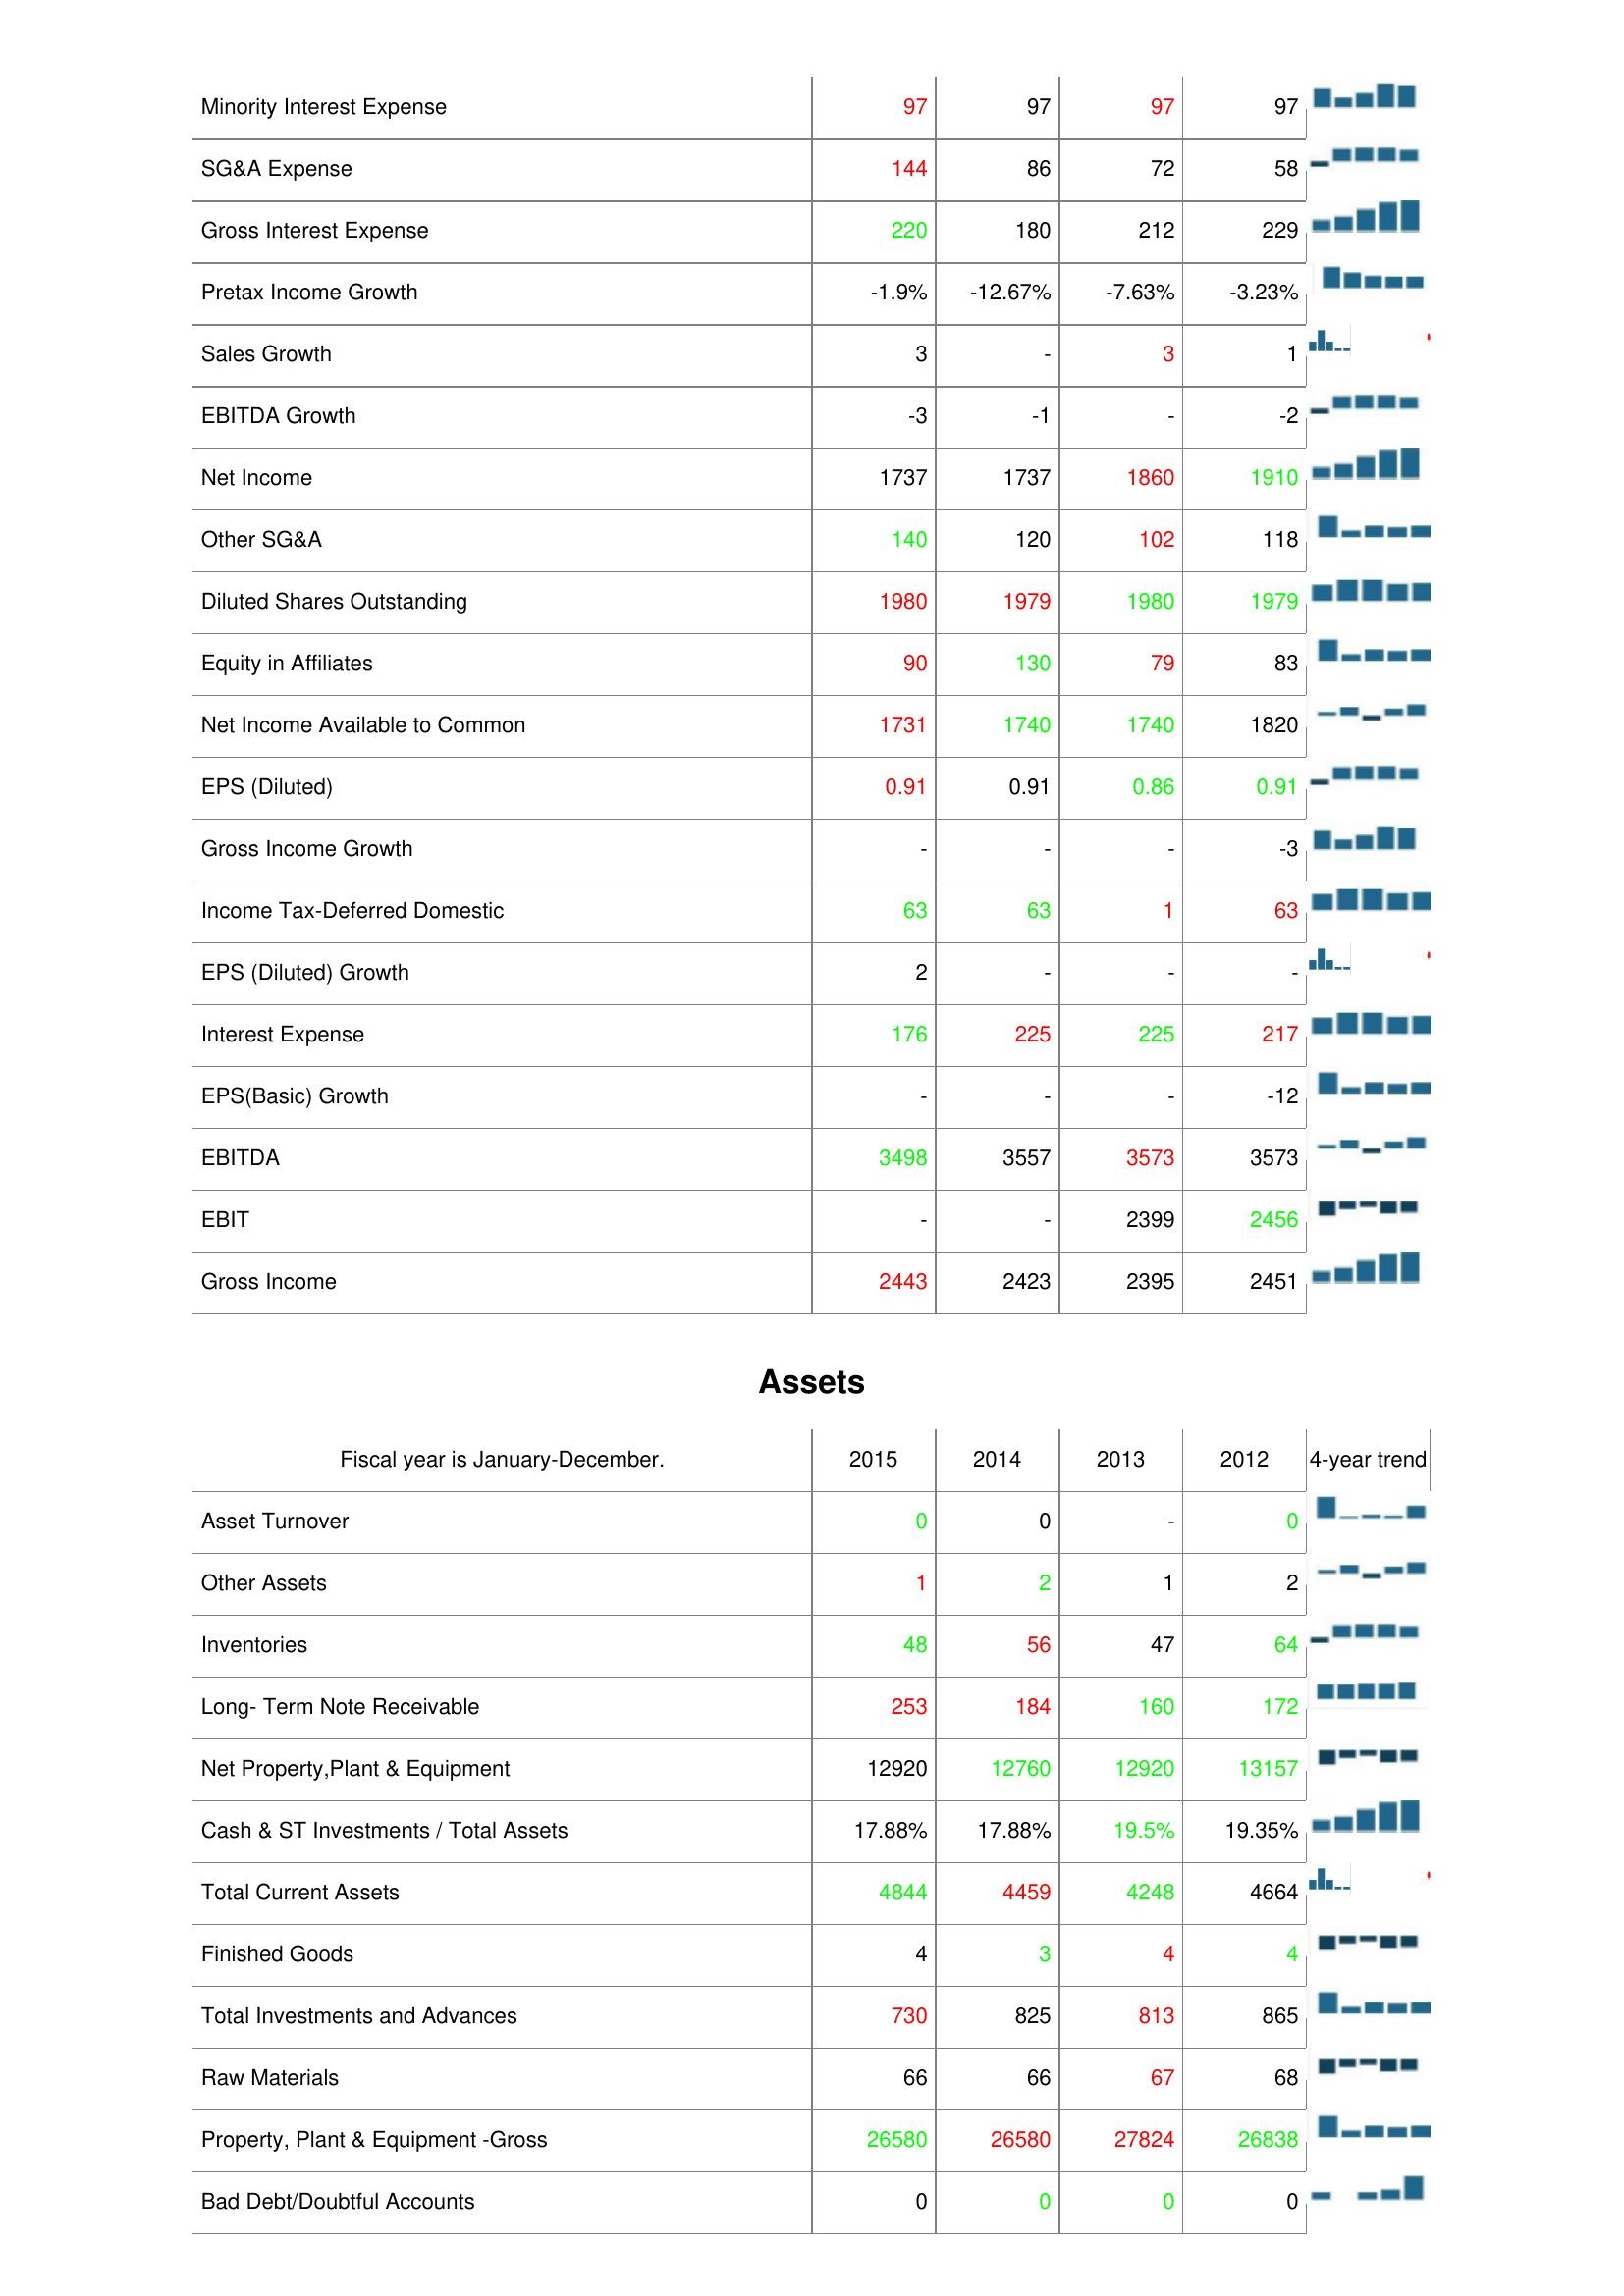
2015: : Minority Interest Expense: 97
SG&A Expense: 144
Gross Interest Expense: 220
Pretax Income Growth: -1.9%
Sales Growth: 3
EBITDA Growth: -3
Net Income: 1737
Other SG&A: 140
Diluted Shares Outstanding: 1980
Equity in Affiliates: 90
Net Income Available to Common: 1731
EPS (Diluted): 0.91
Gross Income Growth: -
Income Tax-Deferred Domestic: 63
EPS (Diluted) Growth: 2
Interest Expense: 176
EPS(Basic) Growth: -
EBITDA: 3498
EBIT: -
Gross Income: 2443
Assets: Asset Turnover: 0
Other Assets: 1
Inventories: 48
Long- Term Note Receivable: 253
Net Property,Plant & Equipment: 12920
Cash & ST Investments / Total Assets: 17.88%
Total Current Assets: 4844
Finished Goods: 4
Total Investments and Advances: 730
Raw Materials: 66
Property, Plant & Equipment -Gross: 26580
Bad Debt/Doubtful Accounts: 0
2014: : Minority Interest Expense: 97
SG&A Expense: 86
Gross Interest Expense: 180
Pretax Income Growth: -12.67%
Sales Growth: -
EBITDA Growth: -1
Net Income: 1737
Other SG&A: 120
Diluted Shares Outstanding: 1979
Equity in Affiliates: 130
Net Income Available to Common: 1740
EPS (Diluted): 0.91
Gross Income Growth: -
Income Tax-Deferred Domestic: 63
EPS (Diluted) Growth: -
Interest Expense: 225
EPS(Basic) Growth: -
EBITDA: 3557
EBIT: -
Gross Income: 2423
Assets: Asset Turnover: 0
Other Assets: 2
Inventories: 56
Long- Term Note Receivable: 184
Net Property,Plant & Equipment: 12760
Cash & ST Investments / Total Assets: 17.88%
Total Current Assets: 4459
Finished Goods: 3
Total Investments and Advances: 825
Raw Materials: 66
Property, Plant & Equipment -Gross: 26580
Bad Debt/Doubtful Accounts: 0
2013: : Minority Interest Expense: 97
SG&A Expense: 72
Gross Interest Expense: 212
Pretax Income Growth: -7.63%
Sales Growth: 3
EBITDA Growth: -
Net Income: 1860
Other SG&A: 102
Diluted Shares Outstanding: 1980
Equity in Affiliates: 79
Net Income Available to Common: 1740
EPS (Diluted): 0.86
Gross Income Growth: -
Income Tax-Deferred Domestic: 1
EPS (Diluted) Growth: -
Interest Expense: 225
EPS(Basic) Growth: -
EBITDA: 3573
EBIT: 2399
Gross Income: 2395
Assets: Asset Turnover: -
Other Assets: 1
Inventories: 47
Long- Term Note Receivable: 160
Net Property,Plant & Equipment: 12920
Cash & ST Investments / Total Assets: 19.5%
Total Current Assets: 4248
Finished Goods: 4
Total Investments and Advances: 813
Raw Materials: 67
Property, Plant & Equipment -Gross: 27824
Bad Debt/Doubtful Accounts: 0
2012: : Minority Interest Expense: 97
SG&A Expense: 58
Gross Interest Expense: 229
Pretax Income Growth: -3.23%
Sales Growth: 1
EBITDA Growth: -2
Net Income: 1910
Other SG&A: 118
Diluted Shares Outstanding: 1979
Equity in Affiliates: 83
Net Income Available to Common: 1820
EPS (Diluted): 0.91
Gross Income Growth: -3
Income Tax-Deferred Domestic: 63
EPS (Diluted) Growth: -
Interest Expense: 217
EPS(Basic) Growth: -12
EBITDA: 3573
EBIT: 2456
Gross Income: 2451
Assets: Asset Turnover: 0
Other Assets: 2
Inventories: 64
Long- Term Note Receivable: 172
Net Property,Plant & Equipment: 13157
Cash & ST Investments / Total Assets: 19.35%
Total Current Assets: 4664
Finished Goods: 4
Total Investments and Advances: 865
Raw Materials: 68
Property, Plant & Equipment -Gross: 26838
Bad Debt/Doubtful Accounts: 0